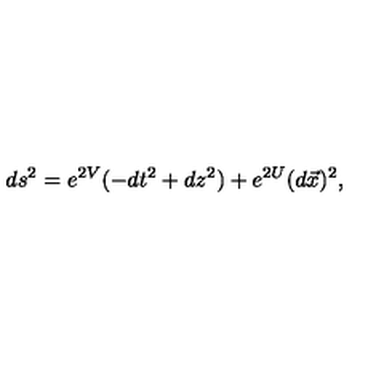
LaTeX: d s ^ { 2 } = e ^ { 2 V } ( - d t ^ { 2 } + d z ^ { 2 } ) + e ^ { 2 U } ( d \vec { x } ) ^ { 2 } ,